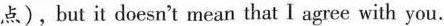
点),but it doesn't mean that I agree with you.